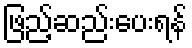
ဖြည့်ဆည်းပေးရန်